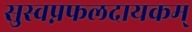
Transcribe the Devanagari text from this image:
सुस्वप्नफलदायकम्